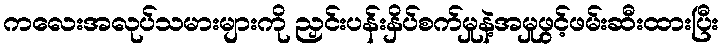
ကလေးအလုပ်သမားများကို ညှင်းပန်းနှိပ်စက်မှုနဲ့အမှုဖွင့်ဖမ်းဆီးထားပြီး